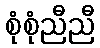
စုံစုံညီညီ